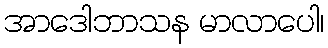
အာဒေါဘာသန မာလာပေါ၊